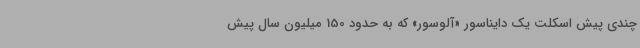
چندی ‌پیش اسکلت یک دایناسور «آلوسور» که به حدود 150 میلیون سال پیش